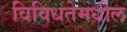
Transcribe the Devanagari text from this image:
विविधतेमधील